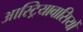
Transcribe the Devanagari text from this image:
आस्ट्रियावासियों